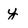
Character: y